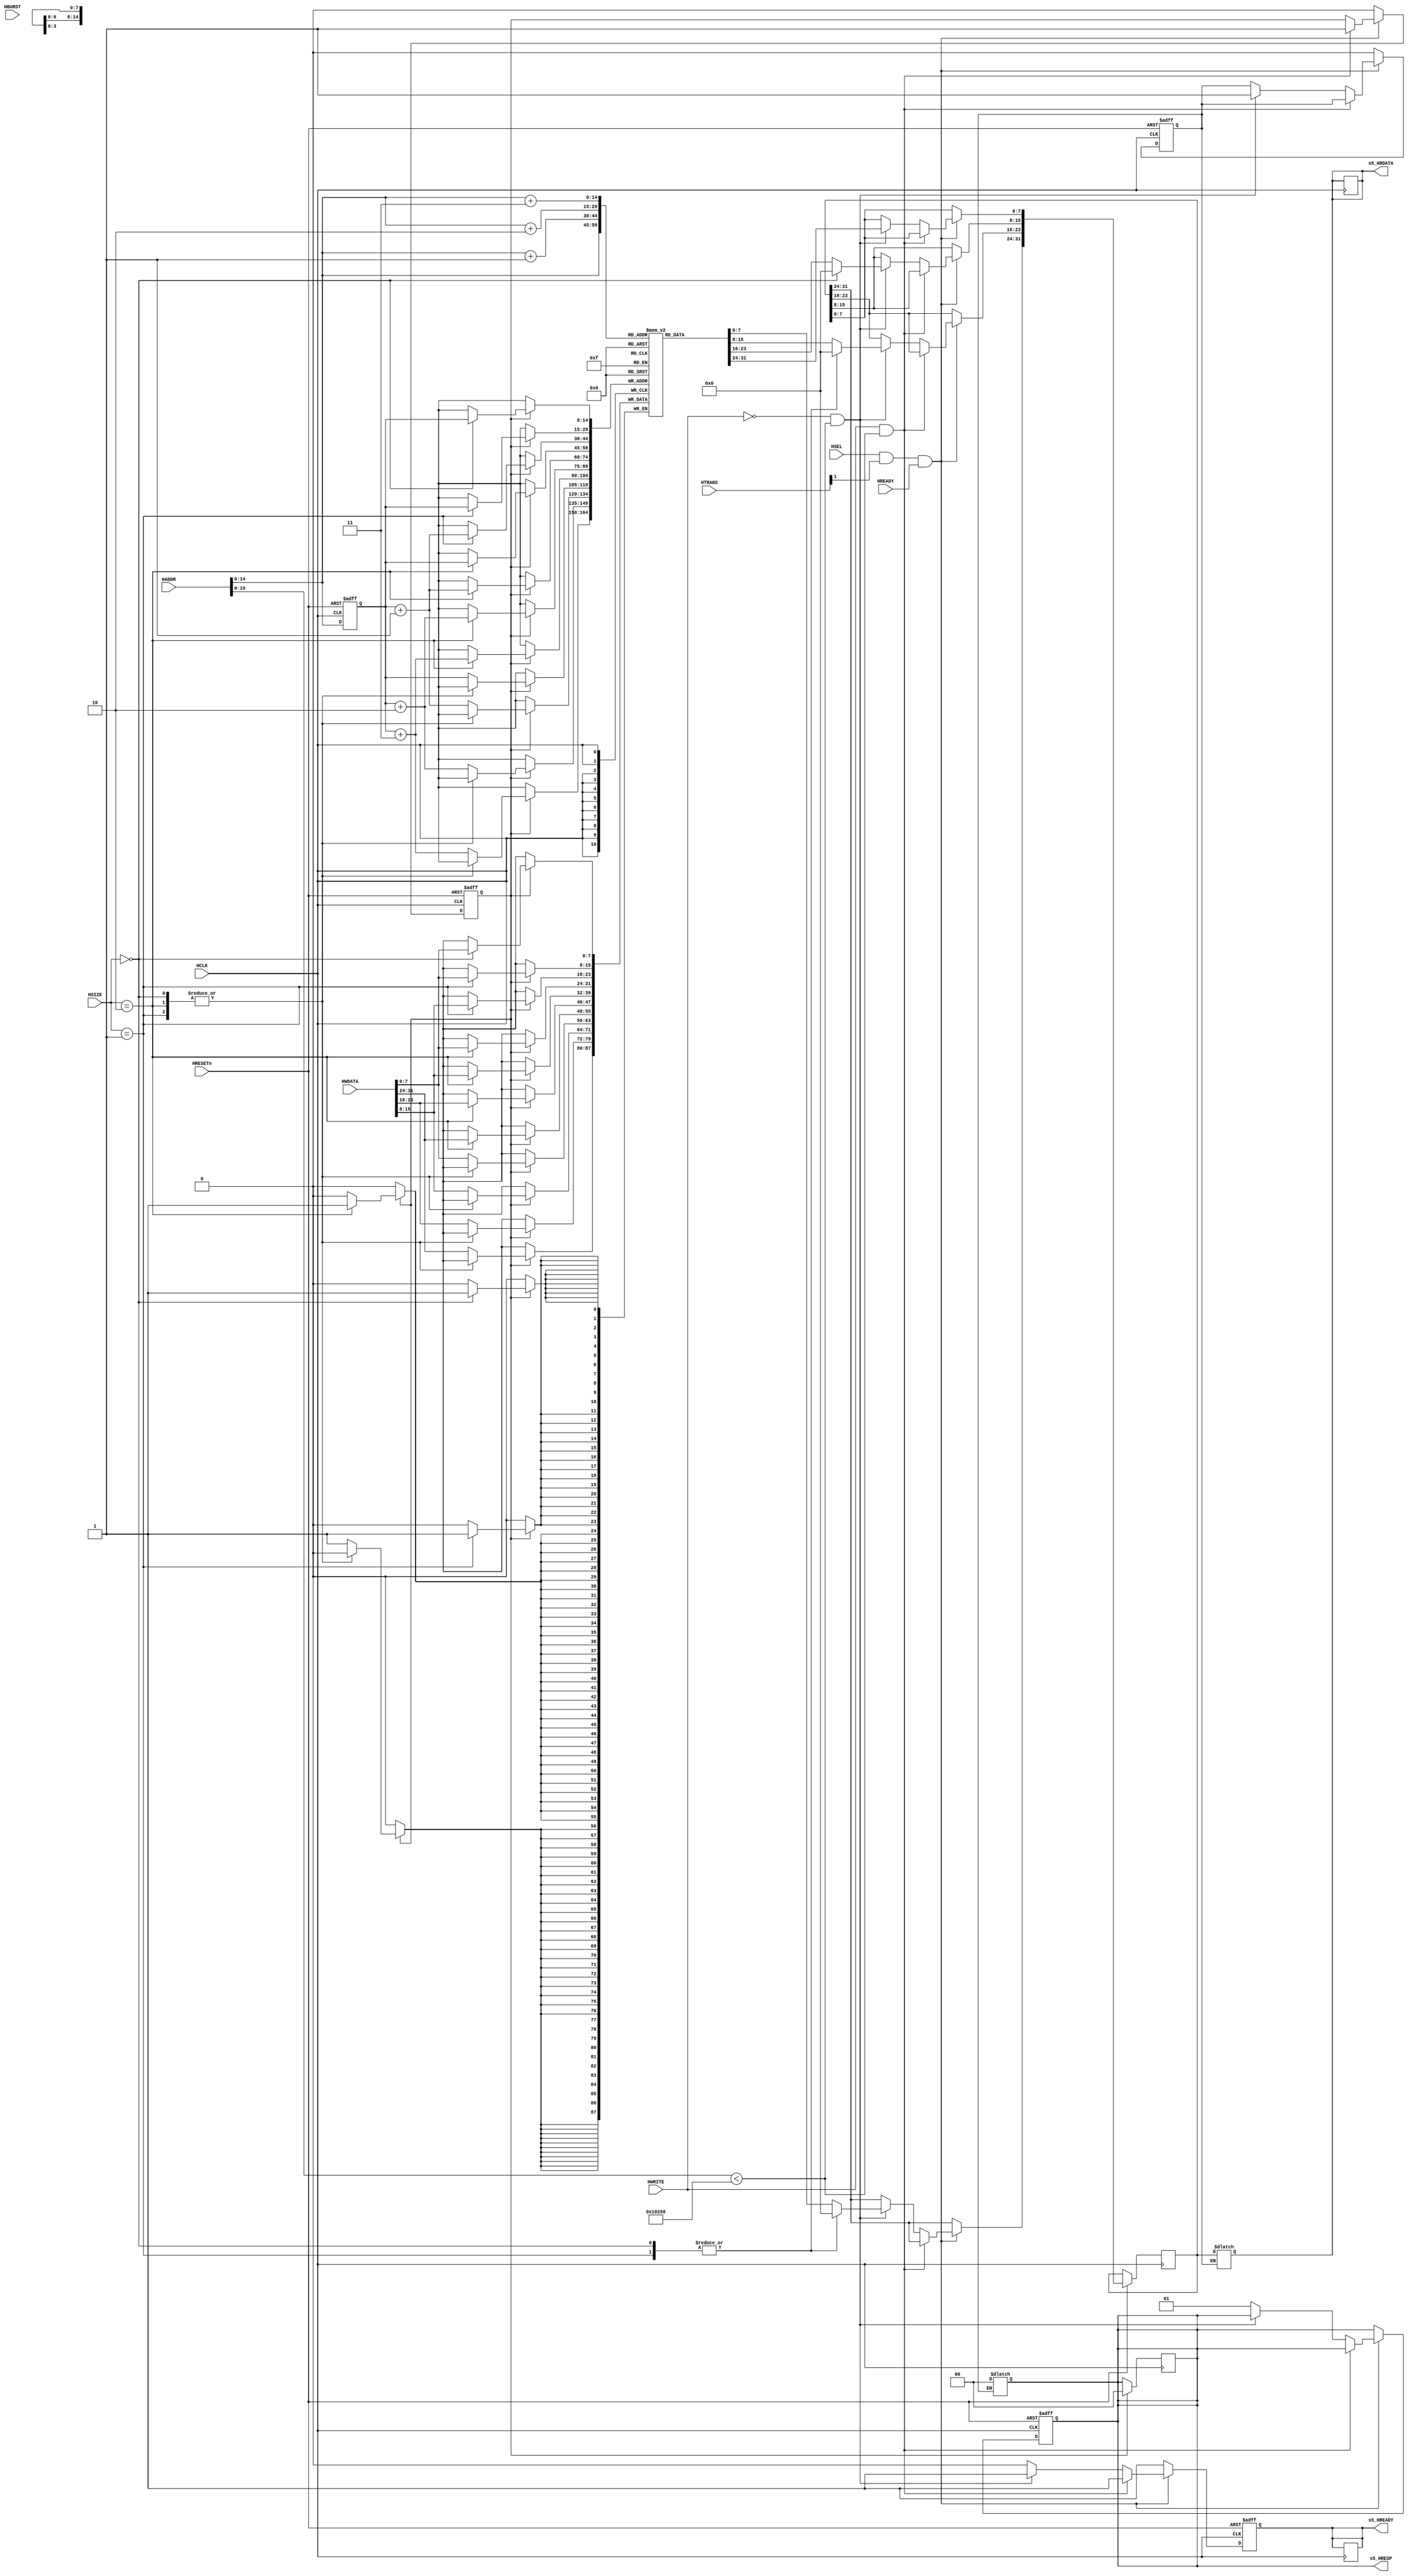
module SRAM(
            HCLK, HRESETn,
            //Inputs of AHB Slave Interface
            HSEL, HADDR, HWRITE, HTRANS, HSIZE, HBURST, HWDATA, HREADY,
            //outputs of AHB Slave Interface
            s5_HREADY, s5_HRESP, s5_HRDATA
            );

input wire HCLK;
input wire HRESETn;
input wire HSEL;
input wire HREADY;
input wire [31:0] HADDR;
input wire [2:0] HSIZE;
input wire [1:0] HTRANS;
input wire HWRITE;
input wire [2:0] HBURST;
input wire [31:0] HWDATA;

output reg [31:0] s5_HRDATA;
output reg s5_HREADY;
output reg [1:0] s5_HRESP;

parameter MEM_DEPTH = 32'h4096;
parameter MEM_WIDTH = 8;
 
reg [MEM_WIDTH-1:0] memory [0:MEM_DEPTH-1];
reg [MEM_WIDTH*4-1:0] read_buffer;
reg read_enable;
reg write_enable;
reg [31:0] q_HADDR;


always @(posedge HCLK or negedge HRESETn) begin
	if(!HRESETn) begin
		q_HADDR <=0;
	end
	else begin
		q_HADDR <= HADDR;
	end
end

always @(posedge HCLK or negedge HRESETn) begin
    if (!HRESETn) begin
        // 리셋 로직
        s5_HREADY <= 1'b1;
        s5_HRESP <= 2'b00; // OKAY
        read_enable <= 1'b0;
        write_enable <= 1'b0;
    end 
	else begin
        s5_HREADY <= 1'b1; // 트랜잭션이 준비됨
        if ((HSEL) && (HTRANS[1]==1) && (HREADY)) begin
            if ((HWRITE) && ((HADDR[15:0]) < (MEM_DEPTH * 4))) begin
                write_enable <= 1'b1; // 쓰기 활성화
                // 쓰기 응답은 다음 posedge HCLK에서 처리됨
            end
			else if ((!HWRITE) && ((HADDR[15:0]) < (MEM_DEPTH * 4))) begin
				case(HSIZE)
				3'b000: begin//byte
					read_enable <=1'b1;//읽기 활성화
					read_buffer <= {24'b0 , memory[HADDR[15:0]]};
				end
				3'b001: begin//Half Word
					read_enable <=1'b1;//읽기 활성화
					read_buffer <= {16'b0, memory[HADDR[15:0]+1], memory[HADDR[15:0]]};
				end
				3'b010: begin//Word
					read_enable <= 1'b1; // 읽기 활성화
					read_buffer[7:0] <= memory[HADDR[15:0]];
					read_buffer[15:8] <= memory[HADDR[15:0]+1];
					read_buffer[23:16] <= memory[HADDR[15:0]+2];
					read_buffer[31:24] <= memory[HADDR[15:0]+3];
				end
				default: begin
					read_enable <= 1'b1; // 읽기 활성화
					read_buffer[7:0] <= memory[HADDR[15:0]];
					read_buffer[15:8] <= memory[HADDR[15:0]+1];
					read_buffer[23:16] <= memory[HADDR[15:0]+2];
					read_buffer[31:24] <= memory[HADDR[15:0]+3];
					// 읽기 데이터는 다음 posedge HCLK에서 처리됨
				end
				endcase
            end 
			else begin
                s5_HRESP <= 2'b01; // 주소가 범위 밖임
				s5_HREADY <=1'b0;
            end
        end
		else begin
            write_enable <= 1'b0; // 쓰기 비활성화
            read_enable <= 1'b0;  // 읽기 비활성화
        end
    end
end

// 쓰기 동작은 클록의 상승 에지에서 동기적으로 처리
always @(posedge HCLK) begin
    if (write_enable) begin
		case(HSIZE)
		3'b000: begin
			memory[q_HADDR[15:0]] <=HWDATA[7:0];
			s5_HRESP <= 2'b00; // OKAY
		end
		3'b001: begin
			memory[q_HADDR[15:0]] <= HWDATA[7:0];
			memory[q_HADDR[15:0]+1] <= HWDATA[15:8];
			s5_HRESP <= 2'b00; // OKAY
		end
		3'b010: begin
			memory[q_HADDR[15:0]] <= HWDATA[7:0];
			memory[q_HADDR[15:0]+1] <= HWDATA[15:8];
			memory[q_HADDR[15:0]+2] <= HWDATA[23:16];
			memory[q_HADDR[15:0]+3] <= HWDATA[31:24];
			s5_HRESP <= 2'b00; // OKAY
		end
		default: begin
			memory[q_HADDR[15:0]] <= HWDATA[7:0];
			memory[q_HADDR[15:0]+1] <= HWDATA[15:8];
			memory[q_HADDR[15:0]+2] <= HWDATA[23:16];
			memory[q_HADDR[15:0]+3] <= HWDATA[31:24];
			s5_HRESP <= 2'b00; // OKAY
			//write_enable signal이 sequencial로 나오기 때문에 address mapping을 위하여 q_HADDR필요
			//sequencial logic으로 작성 시 write > read 바로 동작 불가
			//저장되는게 실제 입력 후 1cycle 뒤임 즉, 마지막 저장 과정 중 read가 시작되면 해당 부분 접근 불가
			//어차피 같은 memory에서 W<>R 시 IDLE state가 있기에 크게 신경쓰지 않아도 될듯
		end
		endcase
    end
	else begin
		s5_HRDATA <=s5_HRDATA;
		s5_HREADY <=s5_HREADY;
		s5_HRESP <=s5_HRESP;
	end
end

// 읽기 동작 지연 구현
always @(*) begin
    if (read_enable) begin
        s5_HRDATA <= read_buffer;
        s5_HRESP <= 2'b00; // OKAY
    end
	else begin
		s5_HRDATA <=s5_HRDATA;
		s5_HREADY <=s5_HREADY;
		s5_HRESP <=s5_HRESP;
	end
end

endmodule